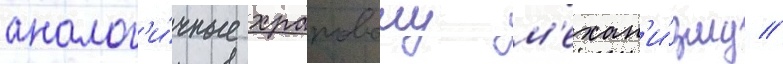
аналог'и́чные храповому м'ехан'и́зму //